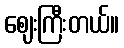
ဈေးကြီးတယ်။